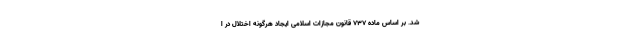
شد. بر اساس ماده ۷۳۷ قانون مجازات اسلامی ایجاد هرگونه اختلال در ا